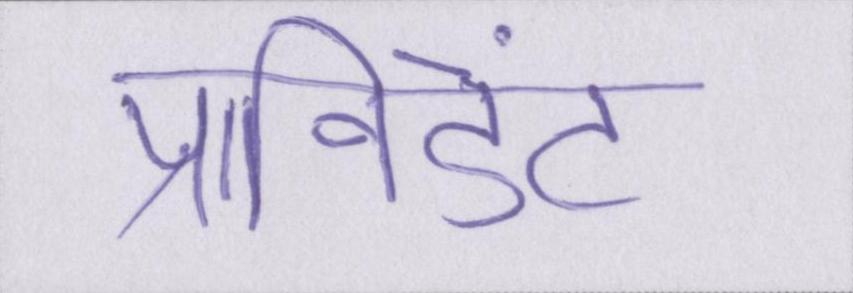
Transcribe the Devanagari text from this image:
प्रॉविडेंट